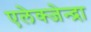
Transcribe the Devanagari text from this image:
एलेक्जेन्द्रा